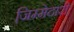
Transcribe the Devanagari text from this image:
जि़म्मेदारी